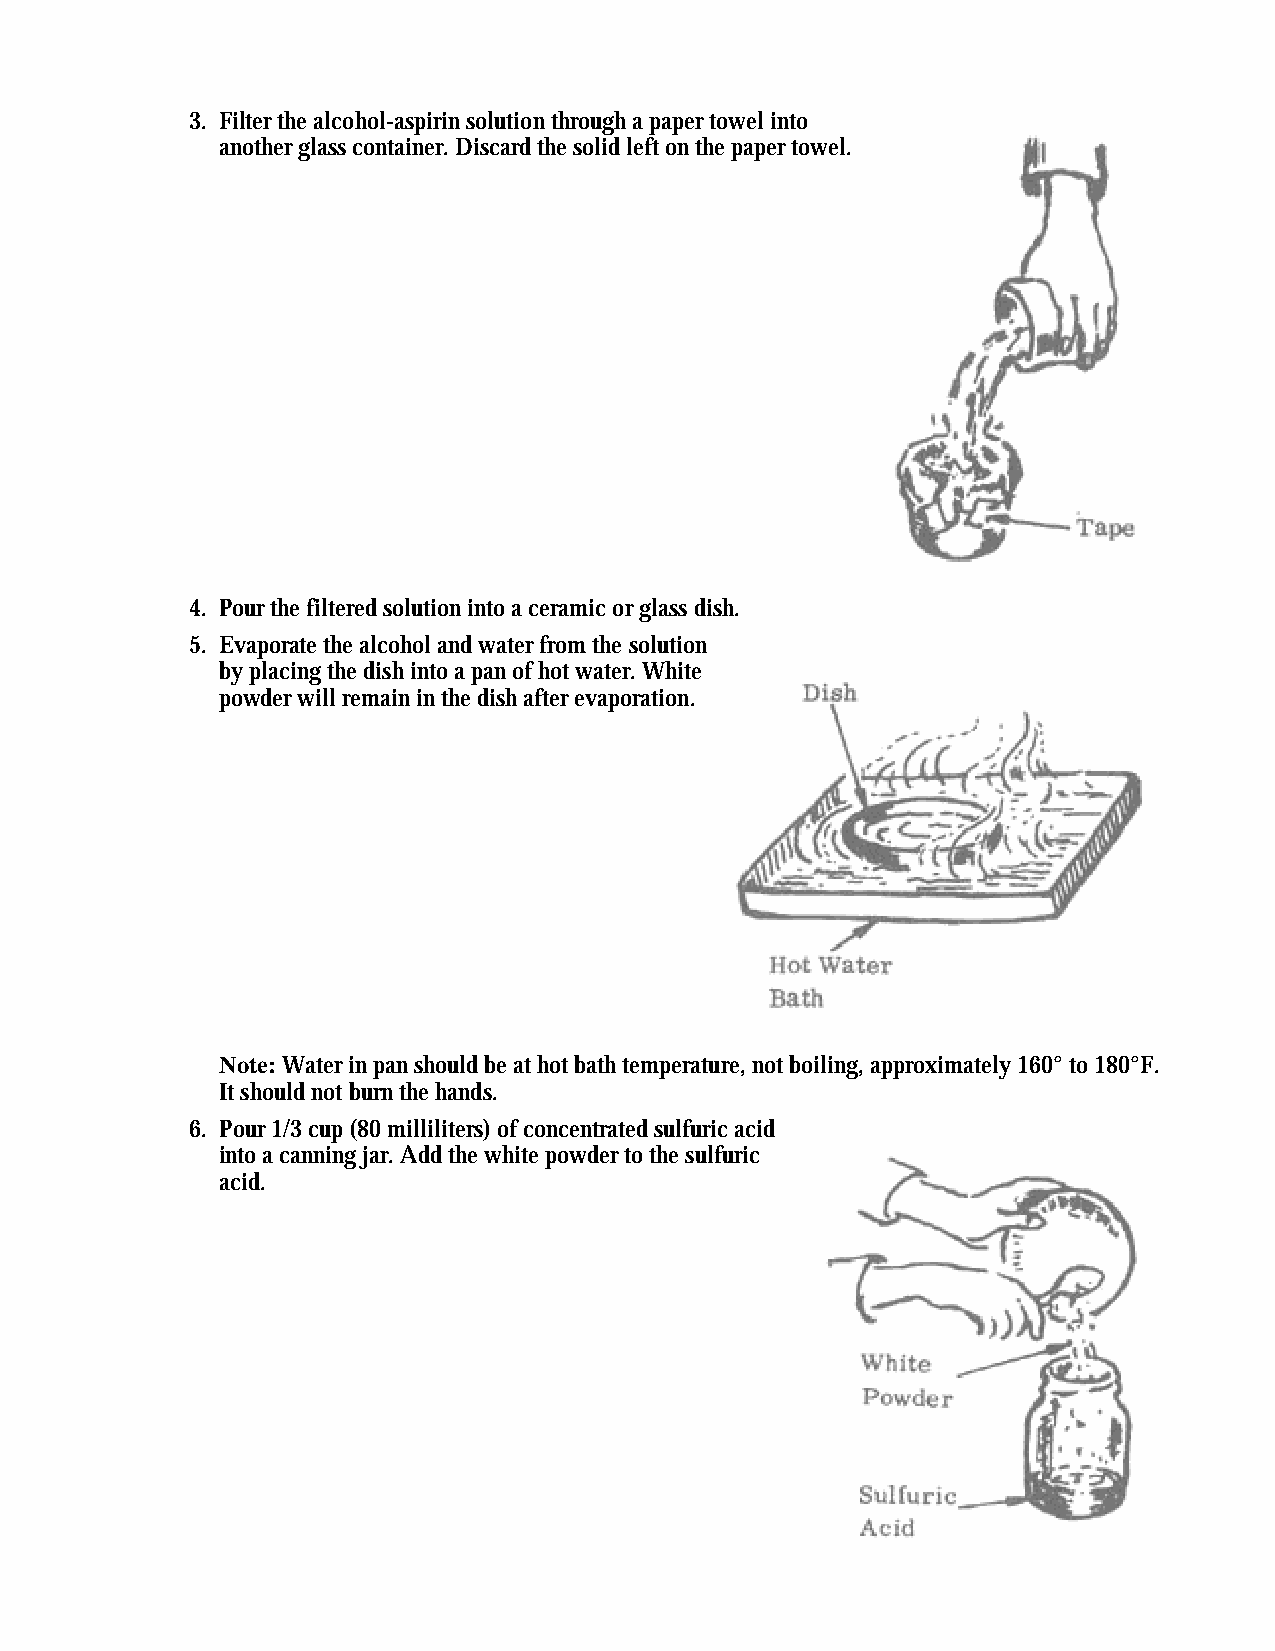
3. Filter the alcohol-aspirin solution through a paper towel into
 another glass container. Discard the solid left on the paper towel.
 4. Pour the filtered solution into a ceramic or glass dish.
 5. Evaporate the alcohol and water from the solution
 by placing the dish into a pan of hot water. White
 powder will remain in the dish after evaporation.
 Note: Water in pan should be at hot bath temperature, not boiling, approximately 160° to 180°F.
 It should not burn the hands.
 6. Pour 1/3 cup (80 milliliters) of concentrated sulfuric acid
 into a canning jar. Add the white powder to the sulfuric
 acid.